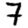
Digit: 7